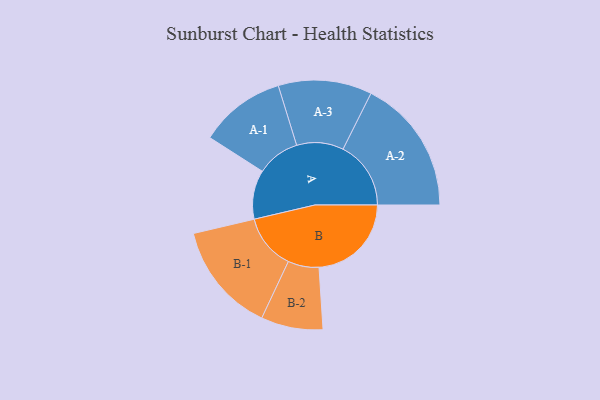
{"axis": {"x": "Segment", "y": "Value"}, "legend": ["", "A", "B"], "data": [{"x": "A", "y": 198, "type": ""}, {"x": "B", "y": 373, "type": ""}, {"x": "A-1", "y": 174, "type": "A"}, {"x": "A-2", "y": 274, "type": "A"}, {"x": "A-3", "y": 189, "type": "A"}, {"x": "B-1", "y": 223, "type": "B"}, {"x": "B-2", "y": 125, "type": "B"}]}